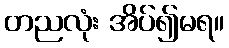
တညလုံး အိပ်၍မရ။